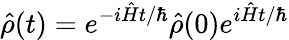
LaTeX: \hat{\rho}(t)=e^{-i\hat{H}t/\hbar}\hat{\rho}(0)e^{i\hat{H}t/\hbar}